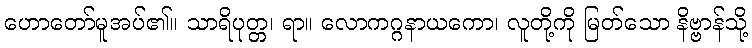
ဟောတော်မူအပ်၏။ သာရိပုတ္တ၊ ရာ။ လောကဂ္ဂနာယကော၊ လူတို့ကို မြတ်သော နိဗ္ဗာန်သို့